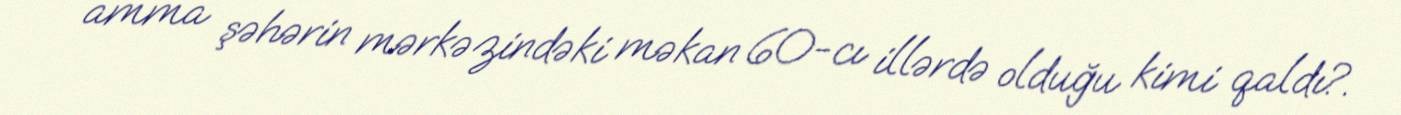
amma şəhərin mərkəzindəki məkan 60-cı illərdə olduğu kimi qaldı?.